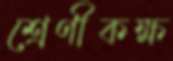
শ্রেণীকক্ষ